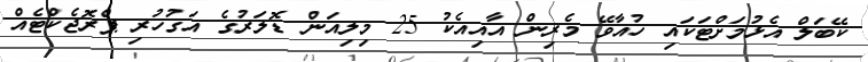
ކޭބަލް އެޅުމަށްޓަކައި ހުއާވޭ މެރިން އާއިއެކު 25 މިލިއަން ޑޮލަރުގެ އަގުހުރި ޕްރޮޖެކްޓެއް